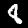
Label: 8